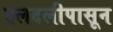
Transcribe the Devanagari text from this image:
दलदलीपासून